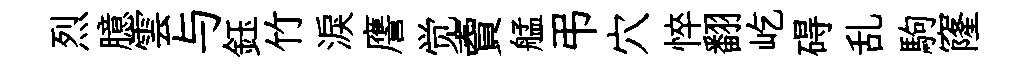
烈臆雲与鈺竹淚譍觉𧶠艋弔穴悴翻屹碍乱駒窿